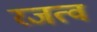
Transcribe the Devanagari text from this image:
रजत्व